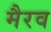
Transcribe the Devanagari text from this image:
मैरव